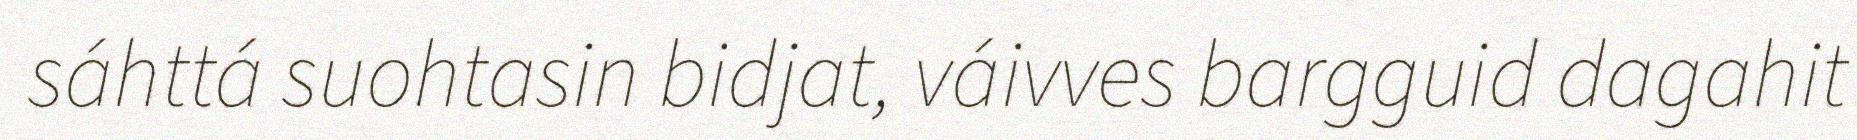
sáhttá suohtasin bidjat, váivves bargguid dagahit